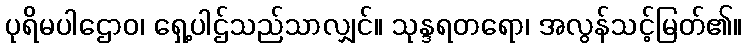
ပုရိမပါဌောဝ၊ ရှေ့ပါဌ်သည်သာလျှင်။ သုန္ဒရတရော၊ အလွန်သင့်မြတ်၏။